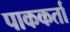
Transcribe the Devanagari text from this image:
पाककर्ता